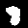
Label: 8